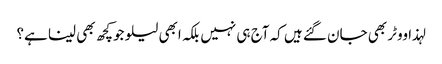
لہذا ووٹر بھی جان گئے ہیں کہ آج ہی نہیں بلکہ ابھی لیلو جوکچھ بھی لینا ہے؟